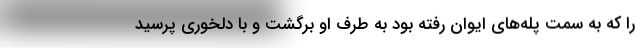
را که به سمت پله‌های ایوان رفته بود به طرف او برگشت و با دلخوری پرسید